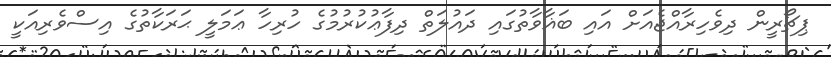
ޕިޗޯރީން ދިވެހިރާއްޖެއަށް އައި ބަޣާވާތުގައި ދައުލަތް ދިފާޢުކުރުމުގެ ހުރިހާ ޢަމަލީ ޙަރަކާތުގެ އިސްވެރިއަކީ